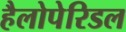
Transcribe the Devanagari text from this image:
हैलोपेरिडल